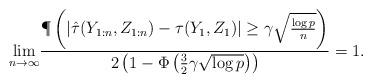
LaTeX: \begin{align*}\underset{n\to\infty}{\lim}\frac{\P\left(|\hat\tau(Y_{1:n},Z_{1:n})-\tau(Y_1,Z_1)|\ge \gamma\sqrt{\frac{\log p}{n}}\right)}{2\left(1-\Phi\left(\frac{3}{2}\gamma\sqrt{\log p}\right)\right)}=1.\end{align*}